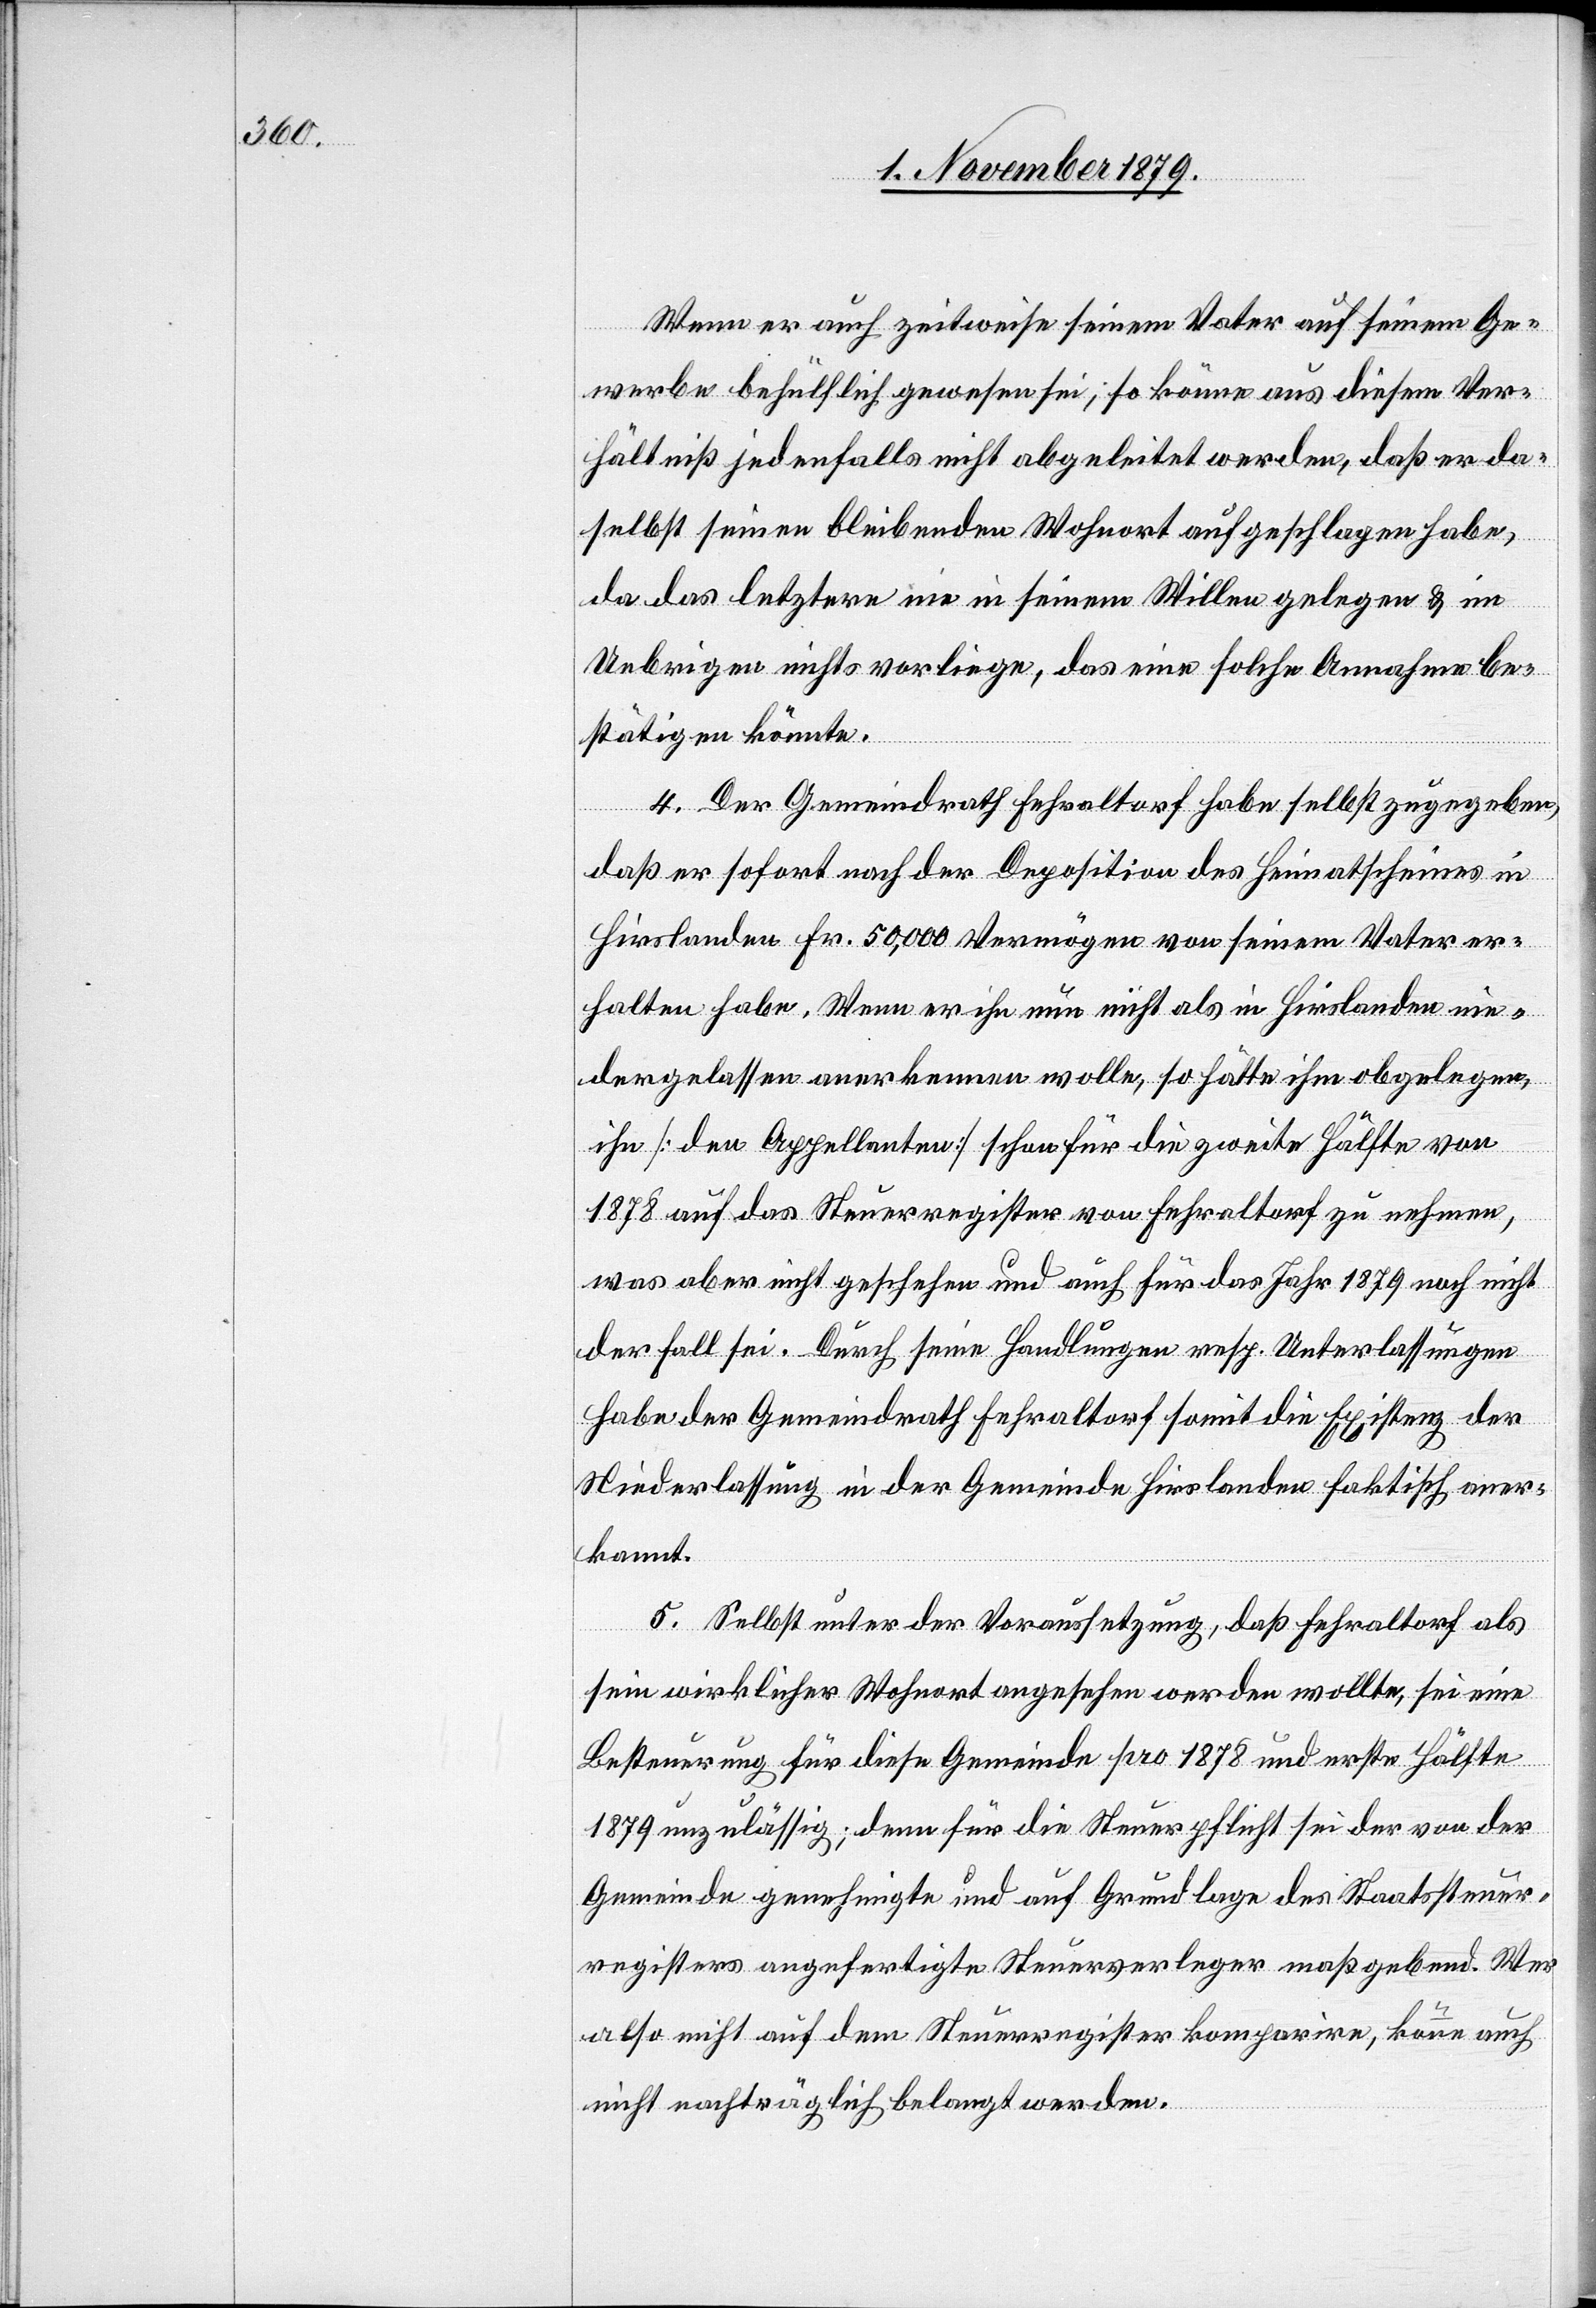
Wenn er auch zeitweise seinem Vater auf seinem Ge¬
werbe behülflich gewesen sei; so könne aus diesem Ver¬
hältniß jedenfalls nicht abgeleitet werden, daß er da¬
selbst seinen bleibenden Wohnort aufgeschlagen habe,
da das letztere nie in seinem Willen gelegen & im
Uebrigen nichts vorliege, das eine solche Annahme be¬
stätigen könnte.
4. Der Gemeindrath Fehraltorf habe selbst zugegeben,
daß er sofort nach der Deposition des Heimatscheines in
Hirslanden Fr. 50,000 Vermögen von seinem Vater er¬
halten habe. Wenn er ihn nun nicht als in Hirslanden nie¬
dergelassen anerkennen wolle, so hätte ihm obgelegen,
ihn [den Appellanten] schon für die zweite Hälfte von
1878 auf das Steuerregister von Fehraltorf zu nehmen,
was aber nicht geschehen und auch für das Jahr 1879 noch nicht
der Fall sei. Durch seine Handlungen resp. Unterlassungen
habe der Gemeindrath Fehraltorf somit die Existenz der
Niederlassung in der Gemeinde Hirslanden faktisch aner¬
kannt.
5. Selbst unter der Voraussetzung, daß Fehraltorf als
sein wirklicher Wohnort angesehen werden wollte, sei eine
Besteuerung für diese Gemeinde pro 1878 und erste Hälfte
1879 unzulässig; denn für die Steuerpflicht sei der von der
Gemeinde genehmigte und auf Grundlage des Staatssteuer¬
registers angefertigte Steuerverleger maßgebend. Was
also nicht auf dem Steuerregister komparire, könne auch
nicht nachträglich belangt werden.